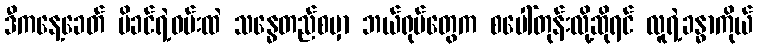
ဒီကနေ့ခေတ် မိခင်ရဲ့ဝမ်းထဲ သန္ဓေတည်စမှာ ဘယ်ရုပ်တွေက စပေါ်တုန်းလို့ဆိုရင် လူရဲ့ခန္ဓာကိုယ်